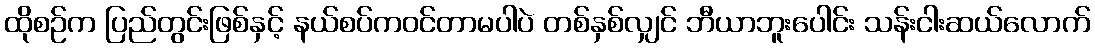
ထိုစဉ်က ပြည်တွင်းဖြစ်နှင့် နယ်စပ်ကဝင်တာမပါပဲ တစ်နှစ်လျှင် ဘီယာဘူးပေါင်း သန်းငါးဆယ်လောက်